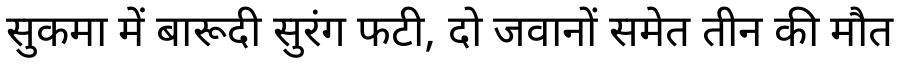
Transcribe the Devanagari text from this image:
सुकमा में बारूदी सुरंग फटी, दो जवानों समेत तीन की मौत